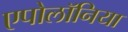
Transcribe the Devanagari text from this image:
एपोलॉनिया